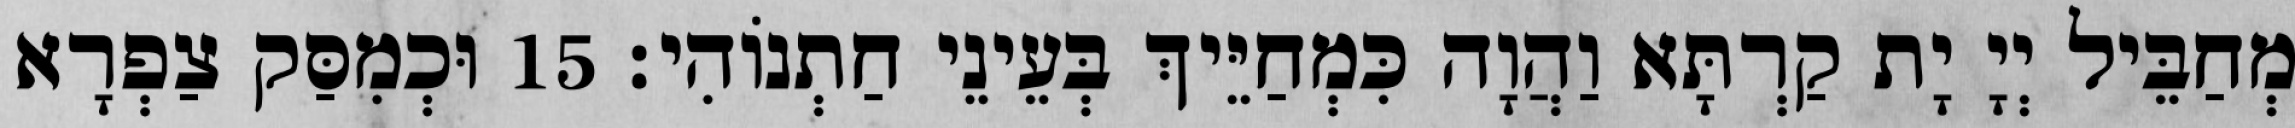
מְחַבֵּיל יְיָ יָת קַרְתָּא וַהֲוָה כִּמְחַיֵּיךְ בְּעֵינֵי חַתְנוֹהִי׃ 15 וּכְמִסַּק צַפְרָא